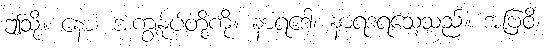
ဤသို့။ နော၊ အကျွန်ုပ်တို့ကို။ နာရဒေါ၊ နာရဒရသေ့သည်။ အဗြဝိ၊